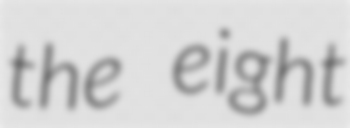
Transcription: the eight